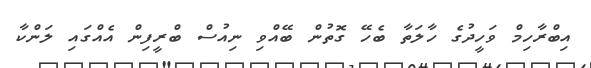
އިބްރާހިމް ވަހީދުގެ ހާލަތާ ބެހޭ ގޮތުން ބޭއްވި ނިއުސް ބްރީފިން އެއްގައި ލަންކާ